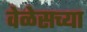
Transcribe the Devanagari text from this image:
वेळेसच्या